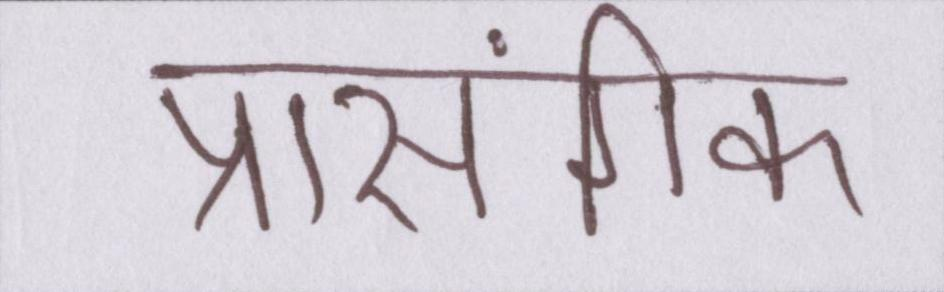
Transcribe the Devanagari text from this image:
प्रासंगिक